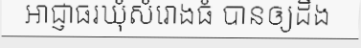
អាជ្ញាធរឃុំសំរោងធំ បានឲ្យដឹង